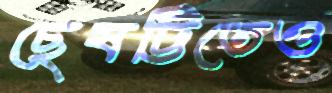
ছেষট্টিতেও